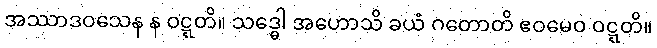
အဿာဒဝသေန န ဝဋ္ဋတိ။ သဒ္ဓေါ အဟောသိ ခယံ ဂတောတိ ဧဝမေဝ ဝဋ္ဋတိ။